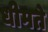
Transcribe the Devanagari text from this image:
धीमते